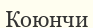
Коюнчи